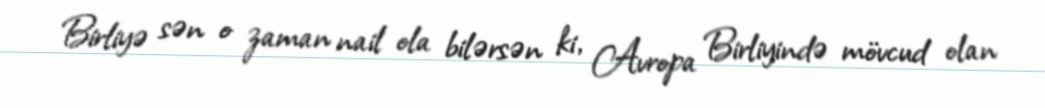
Birliyə sən o zaman nail ola bilərsən ki, Avropa Birliyində mövcud olan